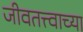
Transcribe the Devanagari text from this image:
जीवतत्त्वाच्या